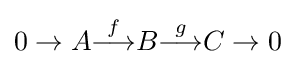
0\to A{\overset {f}{\longrightarrow }}B{\overset {g}{\longrightarrow }}C\to 0